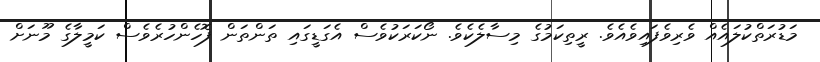
މަޑުރަތްކުލައެއް ވެރިވެފައިވެއެވެ. ރީތިކަމުގެ މިސާލެކެވެ. ނޯކަރަކުވެސް އެގަޑީގައި ތަންތަން ފޮހެންހުރެވެސް ކަމީލާގެ މޫނަށް